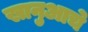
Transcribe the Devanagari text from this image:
खानुआचे